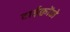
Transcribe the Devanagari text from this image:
टाईक्वोंड़ो